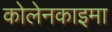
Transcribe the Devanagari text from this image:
कोलेनकाइमा